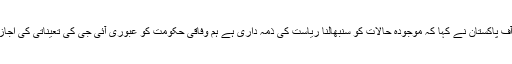
چیف جسٹس آف پاکستان نے کہا کہ موجودہ حالات کو سنبھالنا ریاست کی ذمہ داری ہے ہم وفاقی حکومت کو عبوری آئی جی کی تعیناتی کی اجازت دیتے ہیں۔